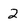
Character: 2